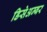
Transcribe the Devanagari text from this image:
डिसेअम्बर